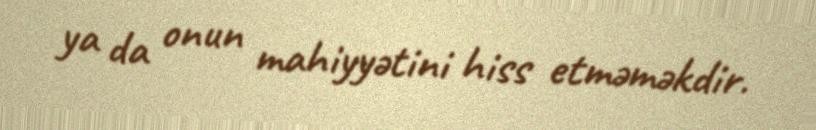
ya da onun mahiyyətini hiss etməməkdir.